65_HS1-834228961_62-HQ-83894_Section_2
Agency: FBI
Page 101
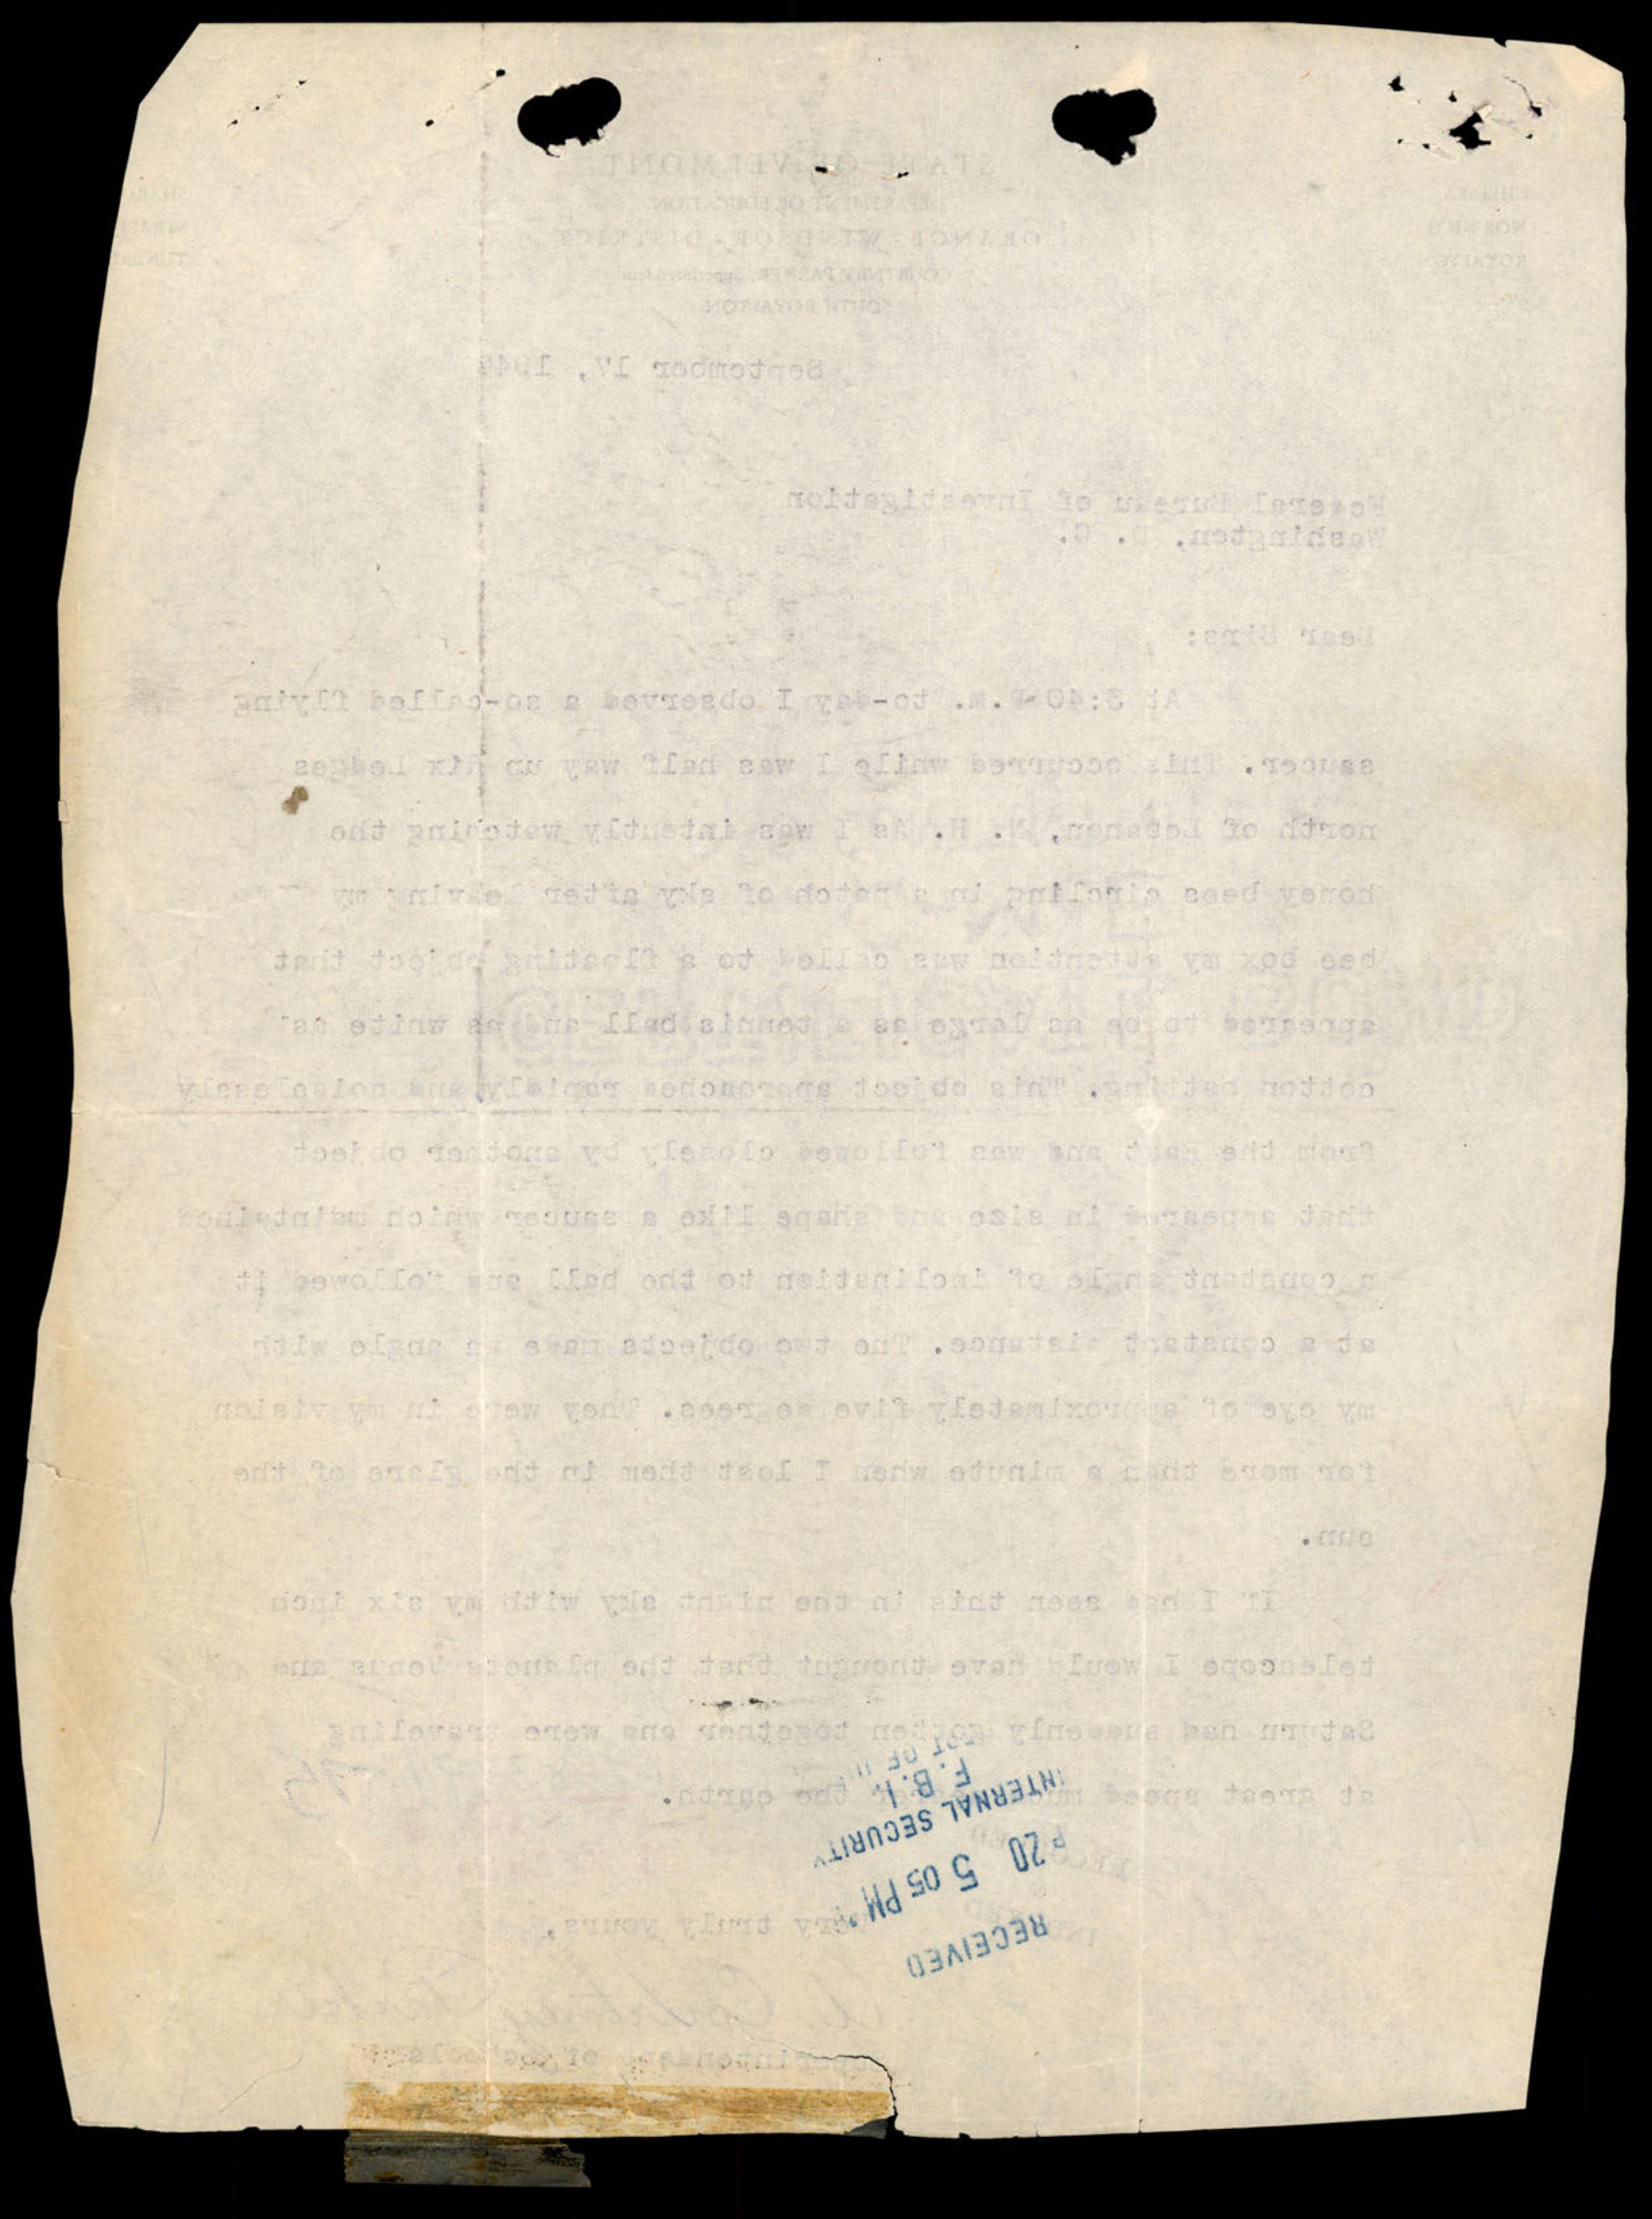